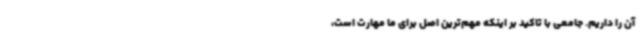
آن را داریم. جامعی با تاکید بر اینکه مهم‌ترین اصل برای ما مهارت است،